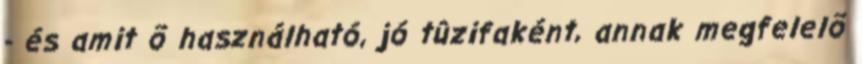
- és amit õ használható, jó tûzifaként, annak megfelelõ